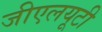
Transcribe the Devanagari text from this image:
जीएलयूटी